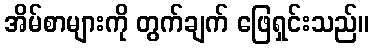
အိမ်စာများကို တွက်ချက် ဖြေရှင်းသည်။